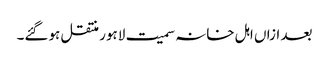
بعد ازاں اہل خانہ سمیت لاہور منتقل ہوگئے۔